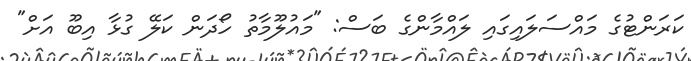
ކަރަންޓުގެ މައްސަލައިގައި ލައްމާންގެ ބަސް: "މައުލޫމާތު ހޯދަން ކަލޭ ގުޅާ އިބޫ އަށް"